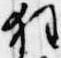
狂